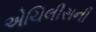
એચિલીસની